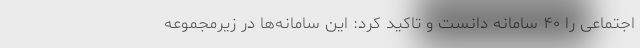
اجتماعی را ۴۰ سامانه دانست و تاکید کرد: این سامانه‌ها در زیرمجموعه